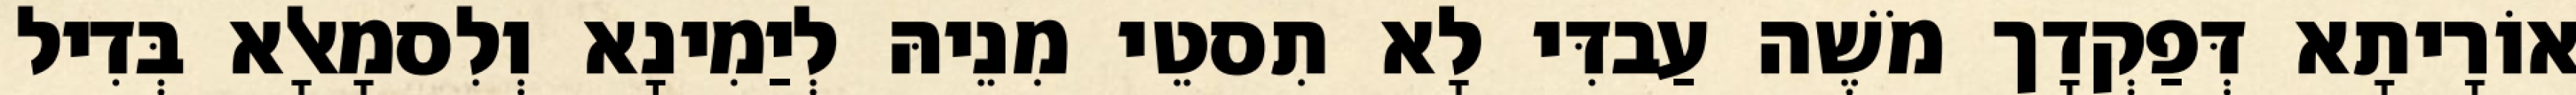
אוֹרָיתָא דְּפַקְדָך מֹשֶׁה עַבדִּי לָא תִסטֵי מִנֵיהּ לְיַמִינָא וְלִסמָאלָא בְּדִיל